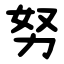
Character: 努